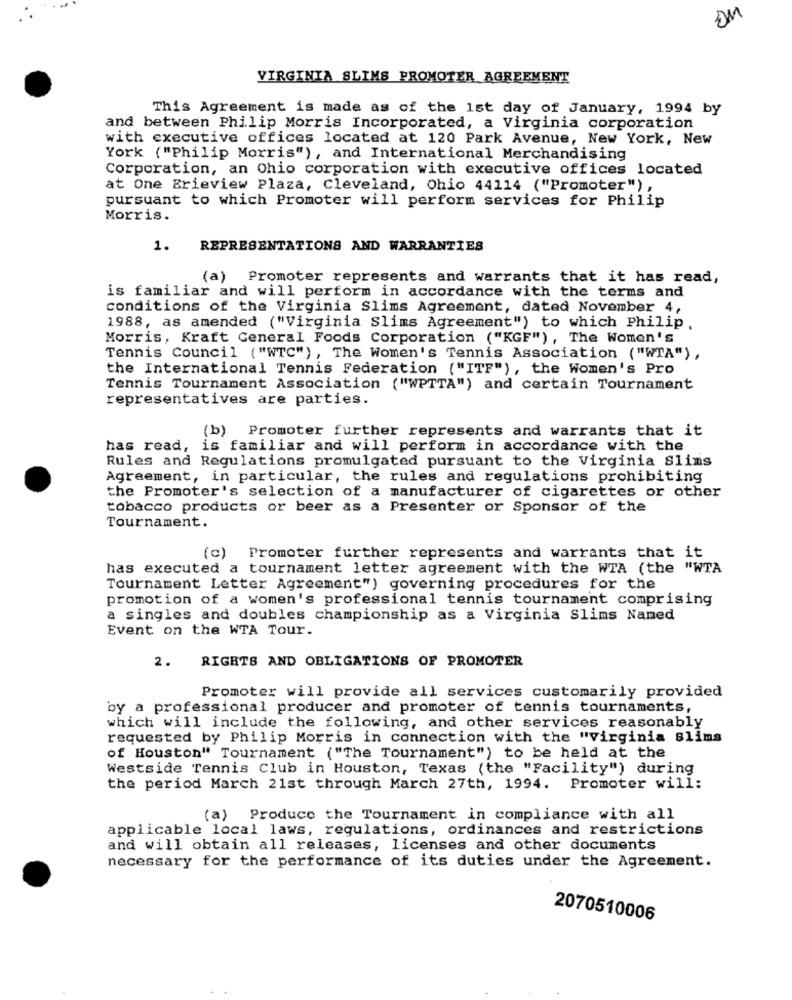
VIRGINIA SLIMS PROMOTER AGREEMENT
This Agreement is made as of the 1st day of January, 1994 by
and between Philip Morris Incorporated, a Virginia corporation
with executive offices located at 120 Park Avenue, New York, New
York ("Philip Morris"), and International Merchandising
Corporation, an Ohio corporation with executive offices located
at One Erieview Plaza, Cleveland, Ohio 44114 ("Promoter"),
pursuant to which Promoter will perform services for Philip
Morris.
1.
REPRESENTATIONS AND WARRANTIES
(a) Promoter represents and warrants that it has read,
is familiar and will perform in accordance with the terms and
conditions of the Virginia Slims Agreement, dated November 4,
1988, as amended ("Virginia Slims Agreement") to which Philip.
Morris, Kraft General Foods Corporation ("KGF"), The Women's
Tennis Council ("WTC"), The Women's Tennis Association ("WTA"),
the International Tennis Federation ("ITF"), the Women's Pro
Tennis Tournament Association ("WPTTA") and certain Tournament
representatives are parties.
(b) Promoter further represents and warrants that it
has read, is familiar and will perform in accordance with the
Rules and Regulations promulgated pursuant to the Virginia Slims
Agreement, in particular, the rules and regulations prohibiting
the Promoter's selection of a manufacturer of cigarettes or other
tobacco products or beer as a Presenter or Sponsor of the
Tournament.
(c) Promoter further represents and warrants that it
has executed a tournament letter agreement with the WTA (the "WTA
Tournament Letter Agreement") governing procedures for the
promotion of a women's professional tennis tournament comprising
a singles and doubles championship as a Virginia Slims Named
Event on the WTA Tour.
2.
RIGHTS AND OBLIGATIONS OF PROMOTER
Promoter will provide all services customarily provided
by a professional producer and promoter of tennis tournaments,
which will include the following, and other services reasonably
requested by Philip Morris in connection with the "Virginia slims
of Houston" Tournament ("The Tournament") to be held at the
Westside Tennis Club in Houston, Texas (the "Facility") during
the period March 21st through March 27th, 1994. Promoter will:
(a) Produce the Tournament in compliance with all
applicable local laws, regulations, ordinances and restrictions
and will obtain all releases, licenses and other documents
necessary for the performance of its duties under the Agreement.
2070510006